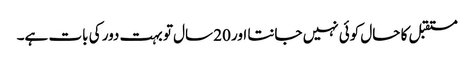
مستقبل کا حال کوئی نہیں جانتا اور 20 سال تو بہت دور کی بات ہے۔